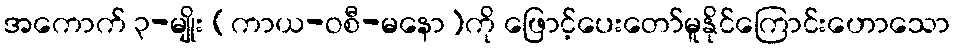
အကောက် ၃-မျိုး (ကာယ-ဝစီ-မနော)ကို ဖြောင့်ပေးတော်မူနိုင်ကြောင်းဟောသော